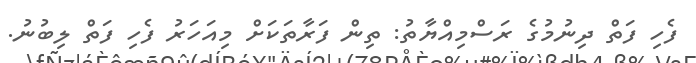
ފެހި ފަތް ދިނުމުގެ ރަސްމިއްޔާތު: ތިން ފަރާތަކަށް މިއަހަރު ފެހި ފަތް ލިބުނު.